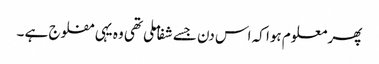
پھر معلوم ہوا کہ اس دن جسے شفا ملی تھی وہ یہی مفلوج ہے ۔